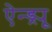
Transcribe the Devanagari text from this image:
ऐन्ड्र्यू